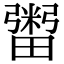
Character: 𤳕